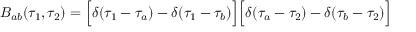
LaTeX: B _ { a b } ( \tau _ { 1 } , \tau _ { 2 } ) = \Bigl [ \delta ( \tau _ { 1 } - \tau _ { a } ) - \delta ( \tau _ { 1 } - \tau _ { b } ) \Bigr ] \Bigl [ \delta ( \tau _ { a } - \tau _ { 2 } ) - \delta ( \tau _ { b } - \tau _ { 2 } ) \Bigr ] \quad